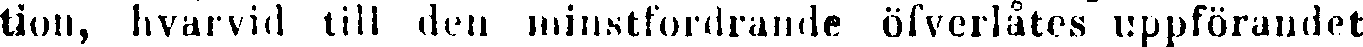
tion, hvarvid till den minstfordrande öfverlåtes uppförandet